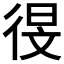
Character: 𫹗